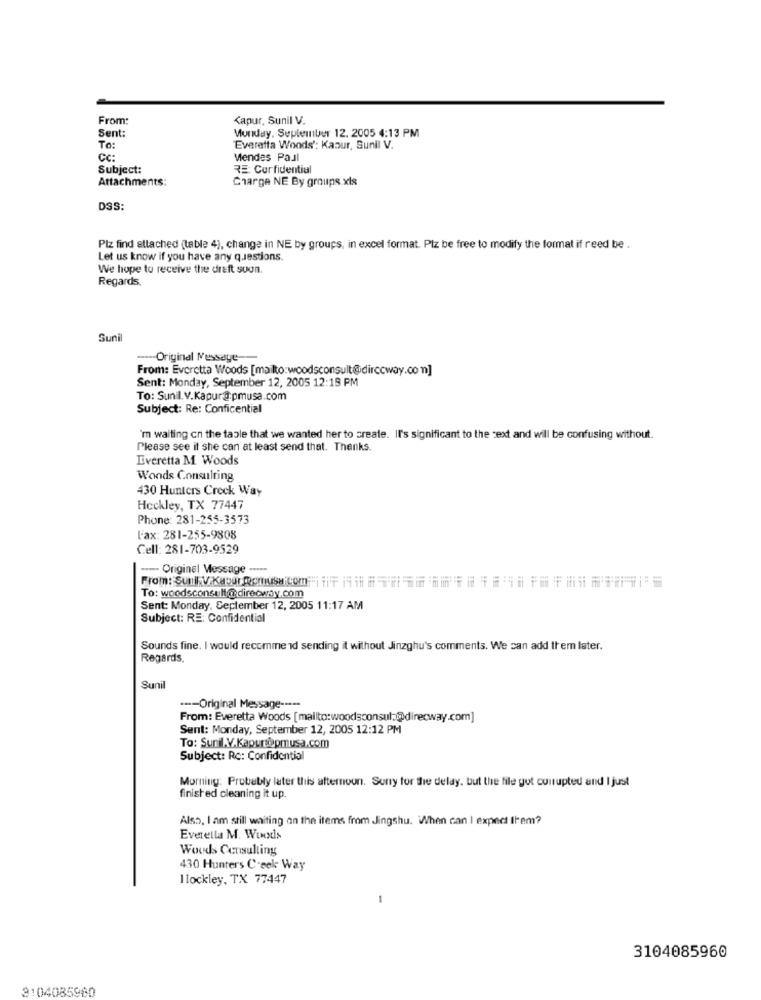
From:
Kapur, Sunil V.
Sent:
Monday. Sepleinber 12. 2005 4:13 PM
To:
Everetta Woods': Kaour, Sunil V.
CC:
Mendes Paul
Subject:
RE: Corfidential
Attachments:
Charge NE By groups xls
DSS:
Plz find attached (table 4), change in NE by groups, in excel format. Plz be free to modify the format if reed be .
Let us know if you have any questions.
We hope to receive the draft soon.
Regards,
Sunil
--- Original Message-
From: Everetta Woods [mailto:woodsconsult@dirccway.com]
Sent: Monday, September 12, 2005 12:18 PM
To: Sunil. V.Kapur@:pmusa.com
Subject: Re: Conficential
'm waiting on the table that we wanted her to create. Il's significant to the text and will be confusing without.
Please see if she can at least send that. Thanks
Everetta M. Woods
Woods Consulting
430 Hunters Crock Way
Heckley, TX 77447
Phone: 281-255-3573
Fax: 281-255-9808
Cell: 281-703-9529
---- Original Message -....
From: Sunk V.Kabur Romuseicom -- | iF 15
To: woodsconsult@direcway.com
Sent: Monday, September 12, 2005 11:17 AM
Subject: RE: Confidential
Sounds fine. I would recommend sending it without Jinzghu's comments. We can add them later.
Regards,
Sunil
---- Original Message -----
From: Everetta Woods [mailto:woodsconsul.@direcway.com]
Sent: Monday, September 12, 2005 12:12 PM
To: Sunil.V.Kapur@pmusa.com
Subject: Rc: Confidential
Morning: Probably later this afternoon. Sorry for the delay, but the file got corrupted and I just
finished cleaning it up.
Also, I am still waiting on the items from Jingshu. When can I expect them?
Everella M. Woods
Woods Consulting
430 Hunters Creek Way
I lockley, TX 77447
3104085960
3104085980